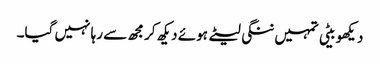
دیکھو بیٹی تمہیں ننگی لیٹے ہوئے دیکھ کر مجھ سے رہا نہیں گیا۔